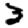
Digit: 3